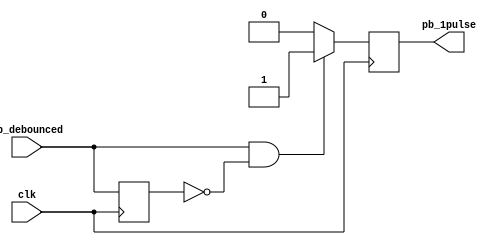
module onepulse(
    input clk,
    input pb_debounced,
    output reg pb_1pulse
);
    reg pb_debounced_delay;

    always @(posedge clk) begin
        if(pb_debounced==1'b1 && pb_debounced_delay==1'b0) begin
            pb_1pulse <= 1'b1;
        end else begin
            pb_1pulse <= 1'b0;
        end
        pb_debounced_delay <= pb_debounced;
    end
endmodule